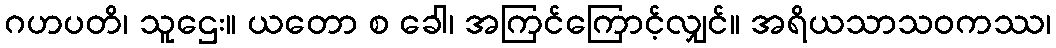
ဂဟပတိ၊ သူဌေး။ ယတော စ ခေါ၊ အကြင်ကြောင့်လျှင်။ အရိယသာသဝကဿ၊